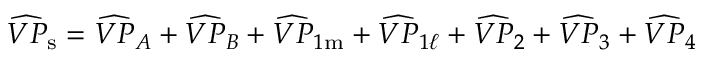
\widehat { V P } _ { \mathrm { s } } = \widehat { V P } _ { A } + \widehat { V P } _ { B } + \widehat { V P } _ { 1 \mathrm { m } } + \widehat { V P } _ { 1 \ell } + \widehat { V P } _ { 2 } + \widehat { V P } _ { 3 } + \widehat { V P } _ { 4 }